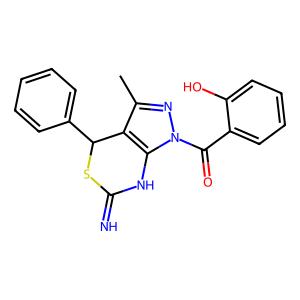
SMILES: Cc1nn(C(=O)c2ccccc2O)c2c1C(c1ccccc1)SC(=N)N2
Inhibits HIV replication: No